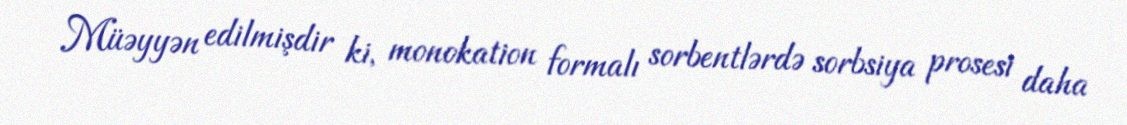
Müəyyən edilmişdir ki, monokation formalı sorbentlərdə sorbsiya prosesi daha